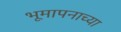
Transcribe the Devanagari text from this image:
भूमापनाच्या